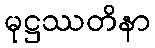
မုဋ္ဌဿတိနာ